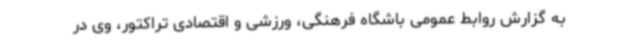
به گزارش روابط عمومی باشگاه فرهنگی، ورزشی و اقتصادی تراکتور، وی در